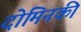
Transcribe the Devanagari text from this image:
दोमिनकी